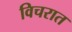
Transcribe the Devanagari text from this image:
विचरात